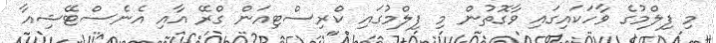
މި ފިލްމުގެ ވާހަކައިގައި ވާގޮތުން މި ފިލްމުގައި ކްރިސްޓިއަން ގްރޭ އާއި އެނެސްޓޭޝިއާ